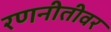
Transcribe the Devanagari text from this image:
रणनीतीवर